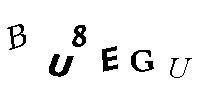
BU8EGU